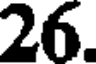
26.